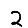
Digit: 2